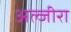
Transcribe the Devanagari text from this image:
अल्जीरा